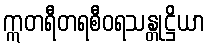
ဣတရီတရစီဝရသန္တုဋ္ဌိယာ